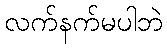
လက်နက်မပါဘဲ